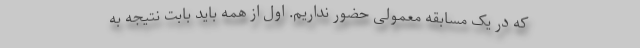
که در یک مسابقه معمولی حضور نداریم. اول از همه باید بابت نتیجه به